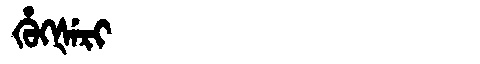
Manchu: ᡥᡠᡴᡧᡝᡵᡳ
Romanization: HUKŠERI